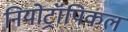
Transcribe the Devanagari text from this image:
नियोट्रॉपिकल